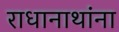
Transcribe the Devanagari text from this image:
राधानाथांना